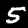
Digit: 5